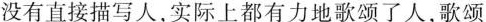
没有直接描写人，实际上都有力地歌颂了人，歌颂